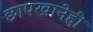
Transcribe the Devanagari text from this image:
छापखानेही